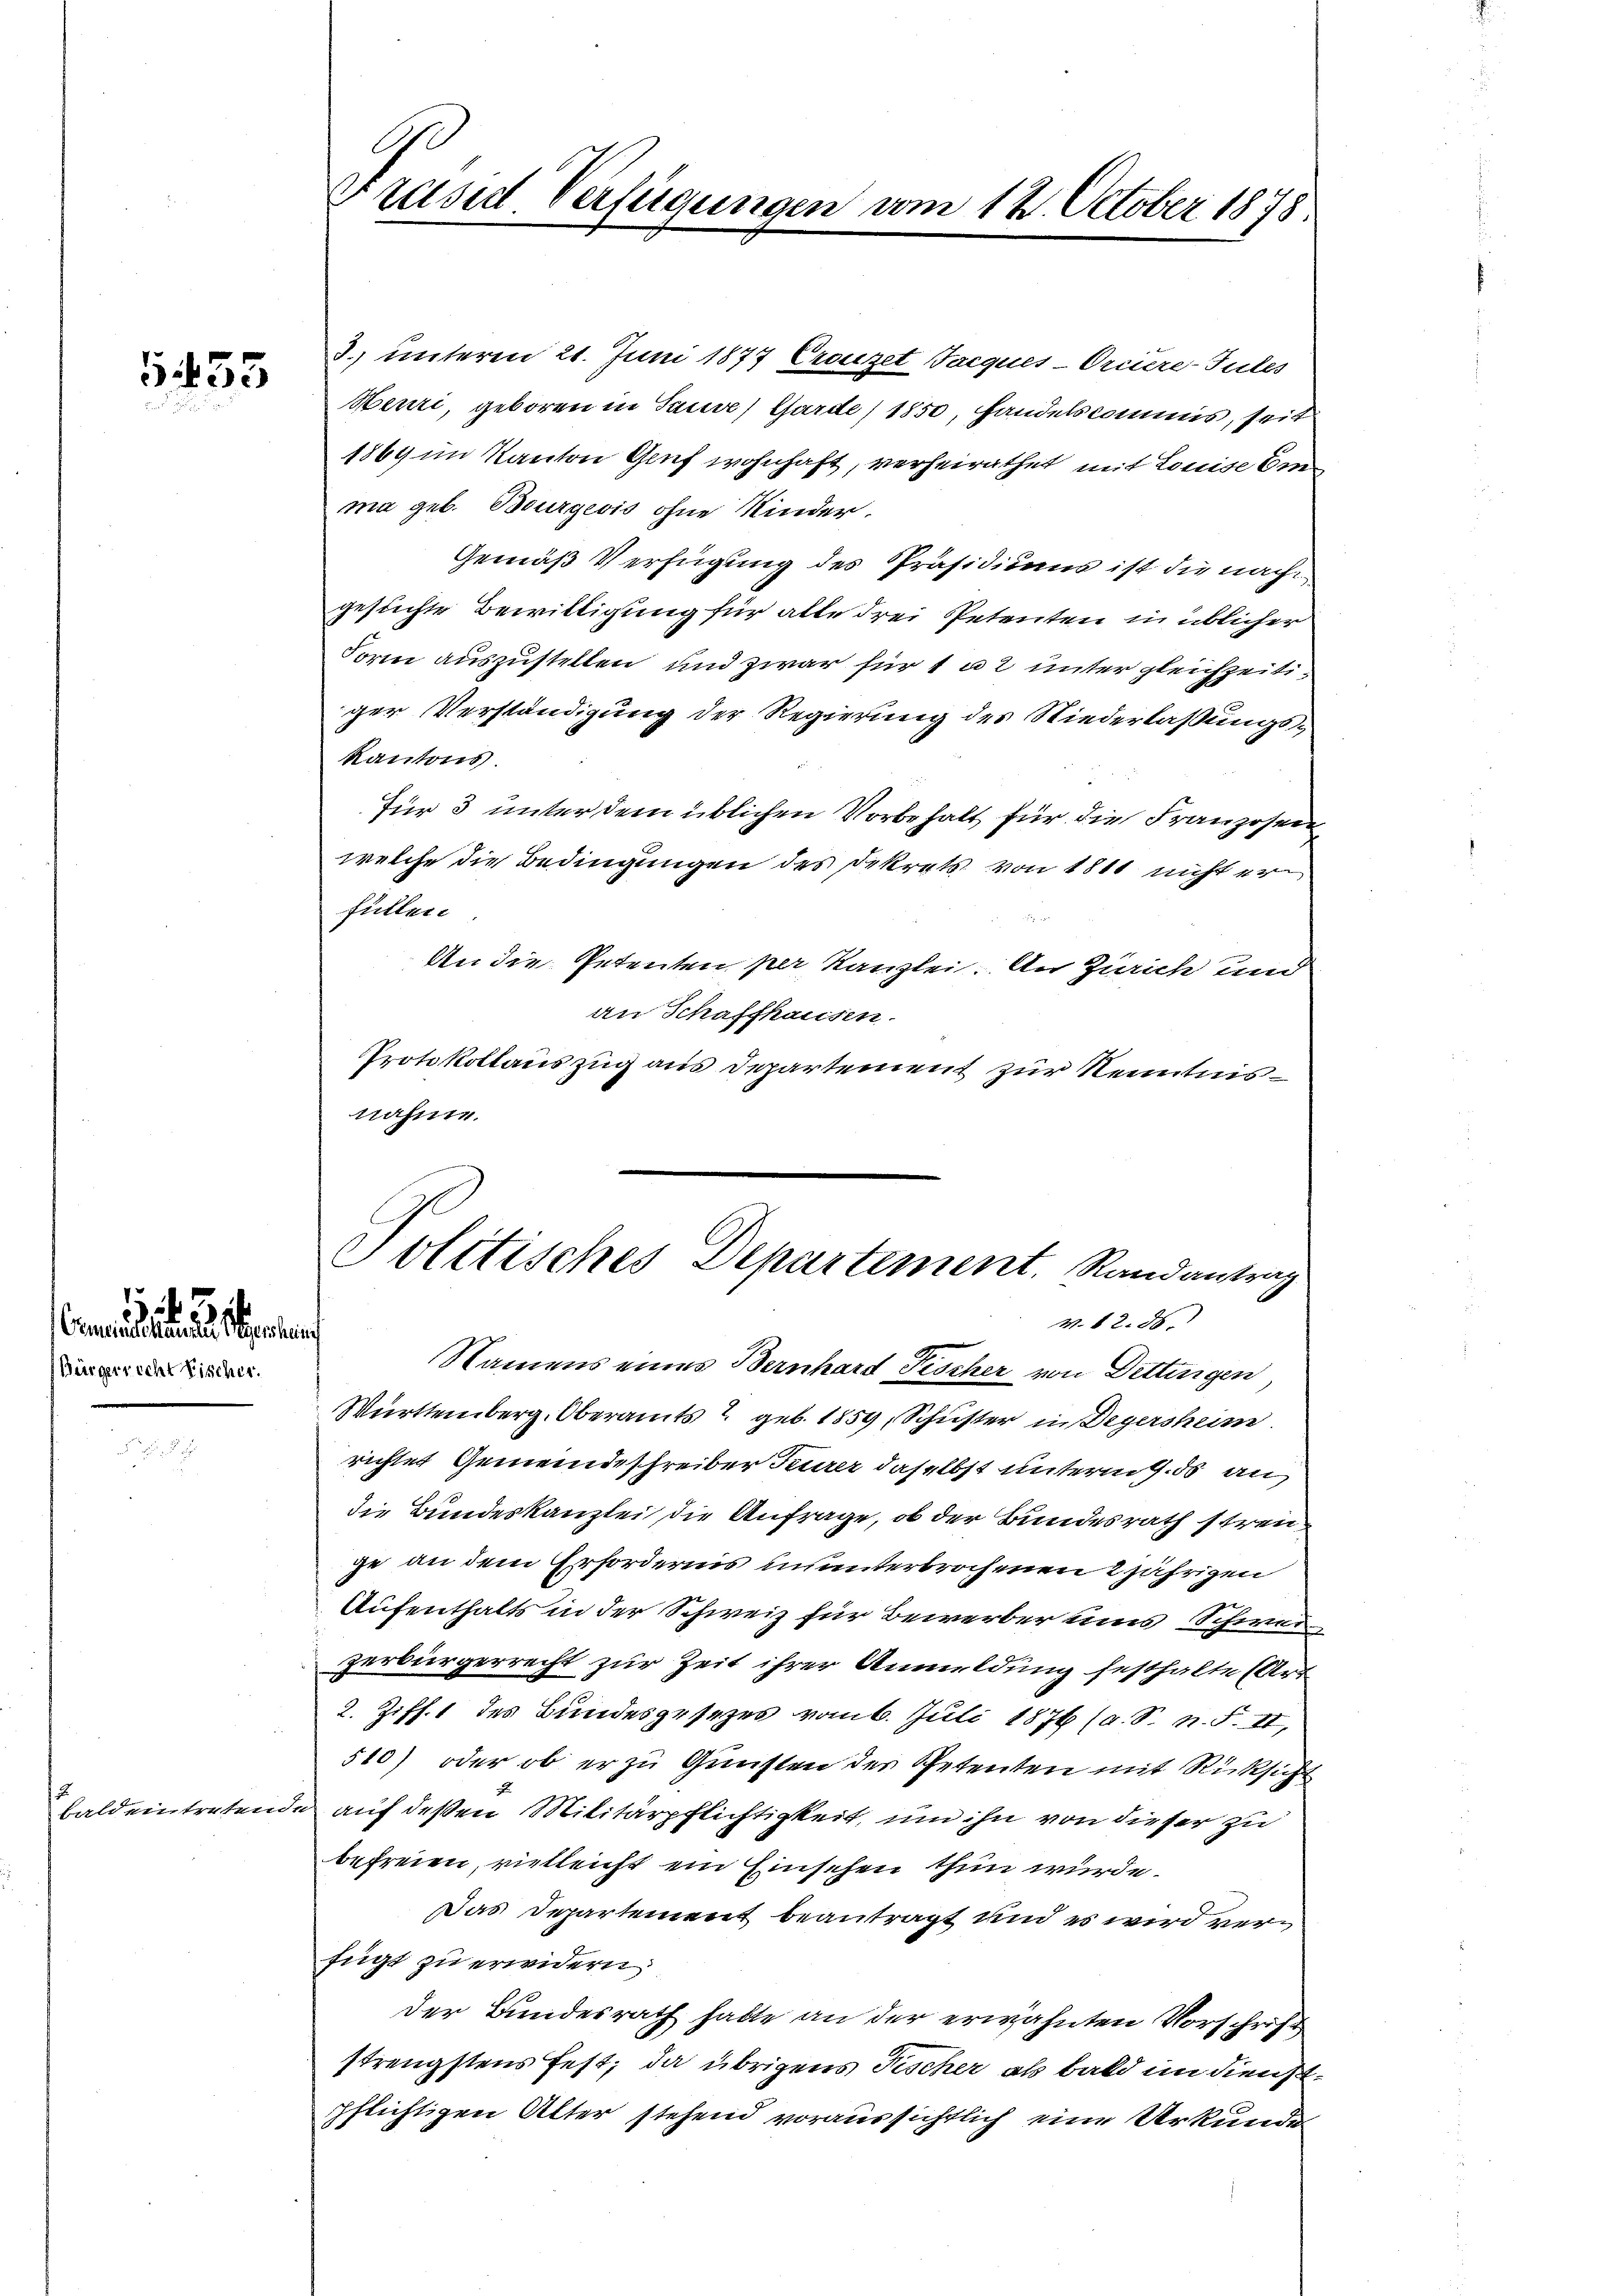
453

Bürgerrecht Fischer.

mdienen einen

bald eintreten

3. unteren 21. Juni 1877 Crouzet Jacques-Orciere-Tules
Heuri, geboren in Sause, Garde) 1850, Handelskommis, seit
1869 im Kanton Genf wohnhaft, verheirathet, mit Louise Ein
ma geb. Bourgeois ohne Kinder.
Gemäß Verfügung des Präsidiums ist die nach
gesuchte Bewilligung für alle drei Petenten in üblicher
Form auszustellen und zwar für 1 a 2 unter gleichzeitiger Verständigung der Regierung des Niederlaßungs¬
Kantons.
für 3 unter dem üblichen Vorbehalt für die Franzosen
welche die Bedingungen des Dekrets von 1811 nicht er
füllen
An die Petenten per Kanzlei. An Zürich und
an Schaffhausen.
Protokollauszug aus Departement zur Kenntnisnahme.
Namens eines Bernhard Fischer von Dettingen
Württemberg, Oberamts 2 geb. 1859, Schuster in Degersheim
richtet Gemeindeschreiber Feurer daselbst unterm 1. ds an
die Bundeskanzlei die Anfrage, ob der Bundesrath streige an dem Erfordernis ununterbrochenen 2jährigen
2
Aufenthalts in der Schweiz für Bewerber uns Schweizerbürgerrecht zur Zeit ihrer Anmeldung festhalte (Art
2. Ziff. 1 des Bundesgesezes vom 6. Juli 1876 (s. S. n. F. II,
510) oder ob er zu Gunsten der Petenten mit Rücksicht
x
da auf deßen Militärpflichtigkeit, um ihn von dieser zu
befreien, vielleicht ein Einschen thun wurde.
Das Departement beantragt und es wird verfügt zu erwidern,
der Bundesrath hatte an der erwähnten Vorschrift
strengstens fest; da übrigens Fischer als bald in dienstpflichtigen Alter stehend voraussichtlich eine Urkunde

Ge
Präsid. Verfügungen vom 12. October 1878.

Politisches Departement. Randantrag
v. 12. 86.